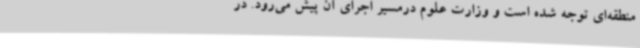
منطقه‌ای توجه شده است و وزارت علوم درمسیر اجرای آن پیش می‌رود. در